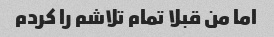
اما من قبلا تمام تلاشم را کردم